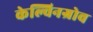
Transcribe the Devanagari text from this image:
केल्विनग्रोव